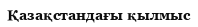
Қазақстандағы қылмыс